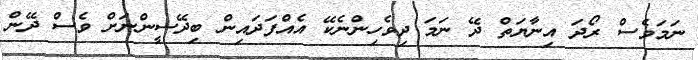
ނަމަވެސް ރޯދަ އިނާޔަތް ދޭ ނަމަ ދިވެހިންނެކޭ އެއްފަދައިން ބިދޭސީންނަށް ވެސް ދޭން